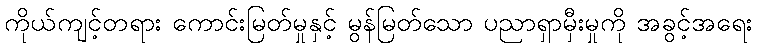
ကိုယ်ကျင့်တရား ကောင်းမြတ်မှုနှင့် မွန်မြတ်သော ပညာရှာမှီးမှုကို အခွင့်အရေး